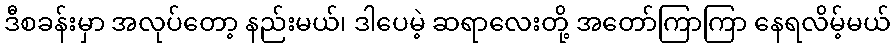
ဒီစခန်းမှာ အလုပ်တော့ နည်းမယ်၊ ဒါပေမဲ့ ဆရာလေးတို့ အတော်ကြာကြာ နေရလိမ့်မယ်